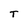
Character: T